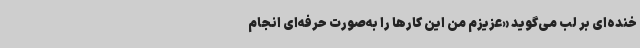
خنده‌ای بر لب می‌گوید «عزیزم من این کارها را به‌صورت حرفه‌ای انجام